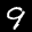
Label: 9